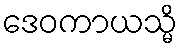
ဒေဝကာယသ္မိ